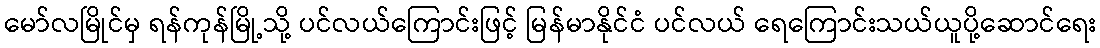
မော်လမြိုင်မှ ရန်ကုန်မြို့သို့ ပင်လယ်ကြောင်းဖြင့် မြန်မာနိုင်ငံ ပင်လယ် ရေကြောင်းသယ်ယူပို့ဆောင်ရေး